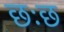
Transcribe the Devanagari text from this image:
छःछ